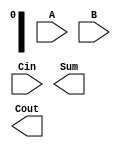
module HybridCarrySelectAdder #(parameter N = 8, // Total bits
                                 parameter M = 4) // Block size
(
    input [N-1:0] A, // First input
    input [N-1:0] B, // Second input
    input Cin,       // Carry-in
    output [N-1:0] Sum, // Sum output
    output Cout      // Carry-out
);

    // Number of blocks
    localparam NUM_BLOCKS = N / M;

    // Intermediate signals
    wire [M-1:0] S0 [0:NUM_BLOCKS-1]; // Sum outputs when carry is 0
    wire [M-1:0] S1 [0:NUM_BLOCKS-1]; // Sum outputs when carry is 1
    wire [NUM_BLOCKS:0] C; // Carry outputs for each block

    // Generate sum and carry outputs for each block
    genvar i;
    generate
        for (i = 0; i < NUM_BLOCKS; i = i + 1) begin : block
            wire [M-1:0] A_block = A[i*M +: M];
            wire [M-1:0] B_block = B[i*M +: M];

            // Calculate S0 and S1 for the current block
            assign {C[i], S0[i]} = A_block + B_block + C[i-1];
            assign {C[i+1], S1[i]} = A_block + B_block + C[i-1] + 1'b1;
        end
    endgenerate

    // Select the final sum and carry output based on Cin
    generate
        for (i = 0; i < NUM_BLOCKS; i = i + 1) begin : select
            assign Sum[i*M +: M] = (Cin) ? S1[i] : S0[i];
        end
    endgenerate

    // Final carry output
    assign Cout = C[NUM_BLOCKS];

endmodule